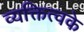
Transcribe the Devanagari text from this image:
व्यक्तित्वके